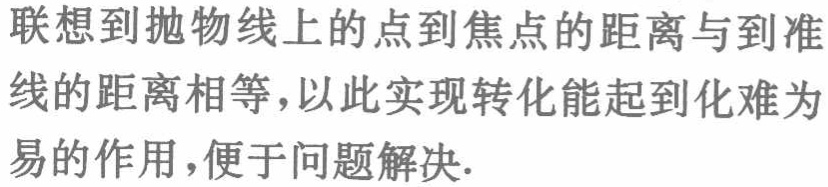
联想到抛物线上的点到焦点的距离与到准线的距离相等，以此实现转化能起到化难为易的作用，便于问题解决.